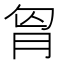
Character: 𮌎